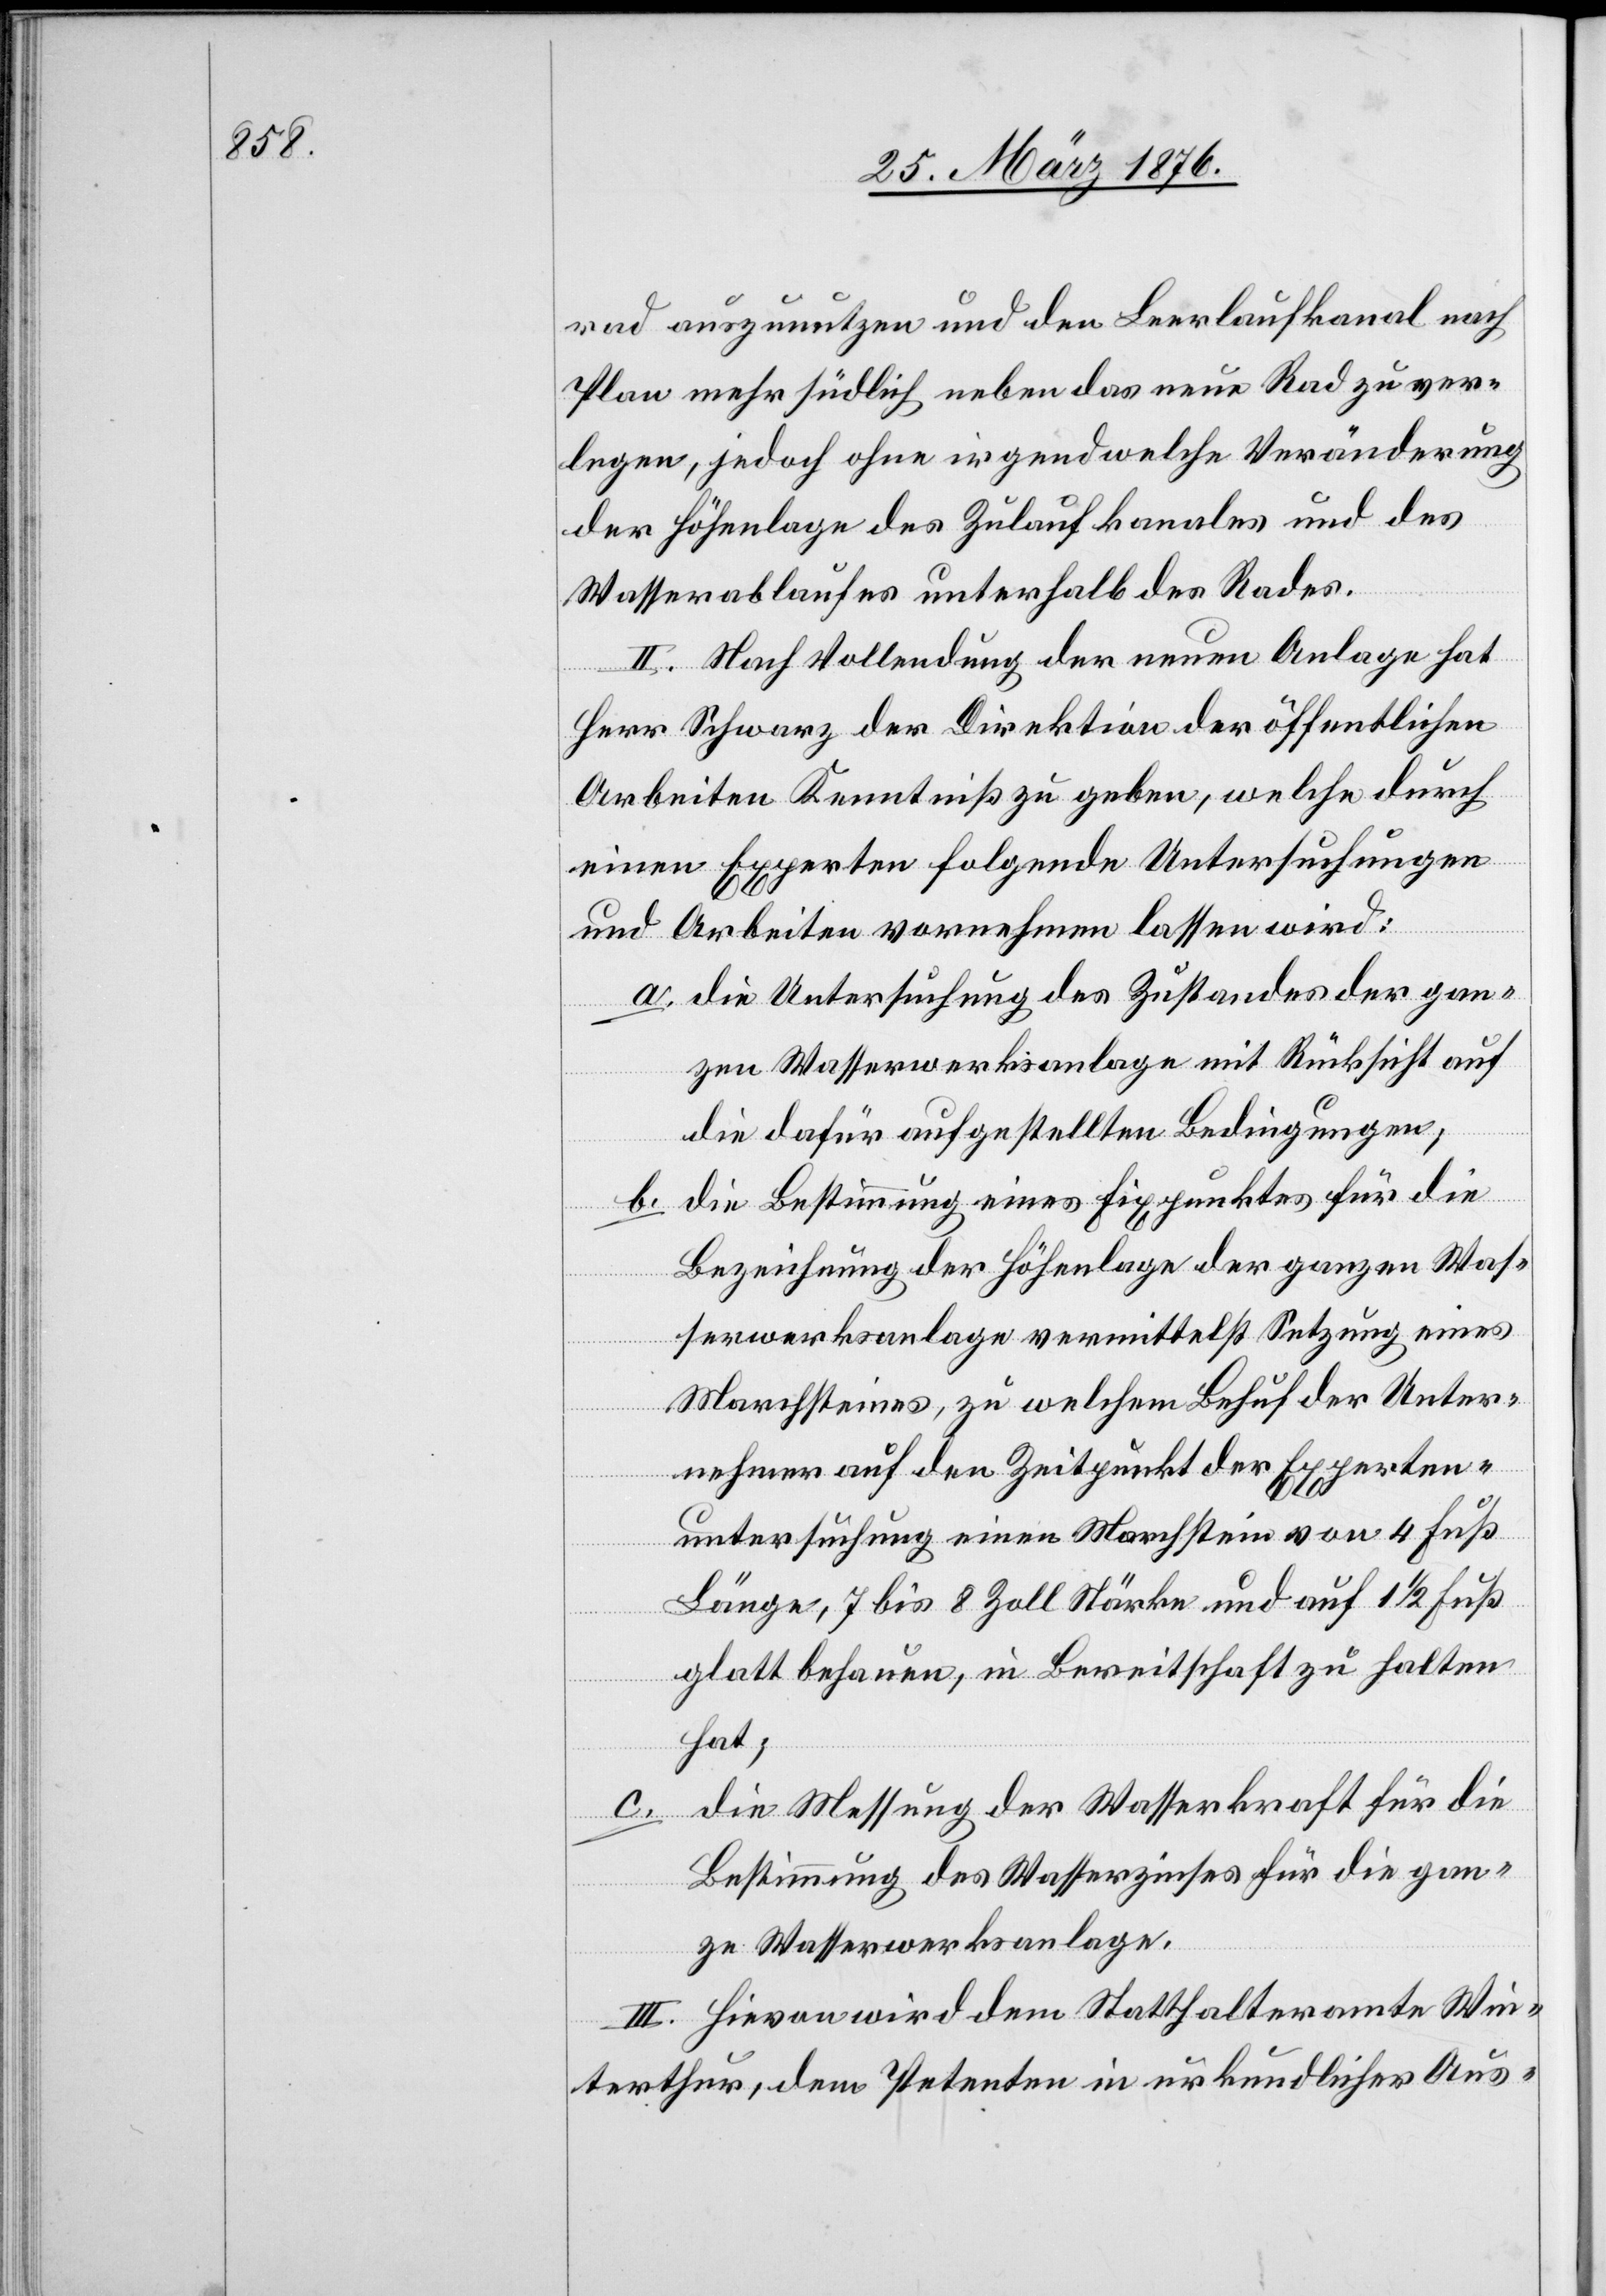
rad auszunutzen und den Leerlaufkanal nach
Plan mehr südlich neben das neue Rad zu ver¬
legen, jedoch ohne irgendwelche Veränderungen
der Höhenlage des Zulaufkanals und des
Wasserablaufes unterhalb des Rades.
II. Nach Vollendung der neuen Anlage hat
Herr Schwarz der Direktion der öffentlichen
Arbeiten Kenntniß zu geben, welche durch
einen Experten folgende Untersuchungen
und Arbeiten vornehmen lassen wird:
a. die Untersuchung des Zustandes der gan¬
zen Wasserwerksanlage mit Rücksicht auf
die dafür aufgestellten Bedingungen;
die Bestimmung eines Fixpunktes für die
b.
Bezeichnung der Höhenlage der ganzen Was¬
serwerksanlage vermittelst Setzung eines
Marchsteines, zu welchem Behuf der Unter¬
nehmer auf den Zeitpunkt der Experten¬
untersuchung einen Marchstein von 4 Fuß
Länge, 7 bis 8 Zoll Stärke und auf 1 1/2 Fuß
glatt behauen, in Bereitschaft zu halten
hat;
die Messung der Wasserkraft für die
Bestimmung des Wasserzinses für die gan¬
ze Wasserwerksanlage.
III. Hievon wird dem Statthalteramte Win¬
terthur, dem Petenten in urkundlicher Aus-